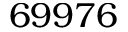
6 9 9 7 6